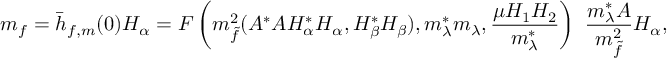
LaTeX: m _ { f } = \bar { h } _ { f , m } ( 0 ) H _ { \alpha } = { \cal F } \left( m _ { \tilde { f } } ^ { 2 } ( A ^ { * } A H _ { \alpha } ^ { * } H _ { \alpha } , H _ { \beta } ^ { * } H _ { \beta } ) , m _ { \lambda } ^ { * } m _ { \lambda } , \frac { \mu H _ { 1 } H _ { 2 } } { m _ { \lambda } ^ { * } } \right) ~ { \frac { m _ { \lambda } ^ { * } A } { m _ { \tilde { f } } ^ { 2 } } } H _ { \alpha } ,